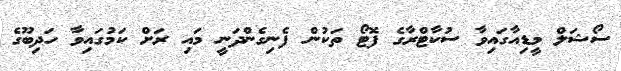
ސޯޝަލް މީޑިއާގައިވާ ސުކާޓްރާގެ ފޮޓޯ ތަކުން ފެނިގެންދަނީ މައި ރަށް ކަމުގައިވާ ހަދިބޫގެ